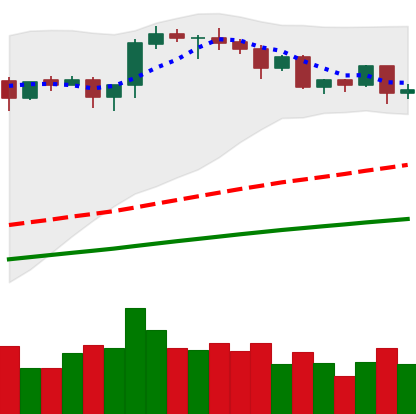
Ticker: ETH-USD
Chart end date: 2020-08-26
Forward return: 12.579%
Label: up_7plus